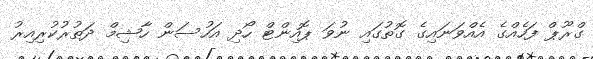
ގްރޫޕް ފަހެއްގެ އެއްވަނައިގެ ގޮތުގައި ނުވަ ޕޮއިންޓް ހޯދި އަހުސަން ހާޝިމް ދަތުރުކުރިއިރު